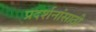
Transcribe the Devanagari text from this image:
प्रदर्शनांसाठी